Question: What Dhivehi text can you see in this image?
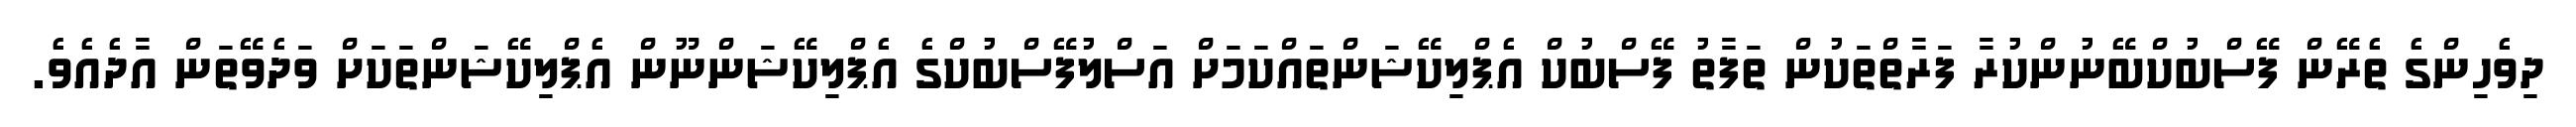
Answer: ދިވެހިންގެ ތެރޭން ފޭސްބުކްބޭނުންކުރާ ފަރާތްތަކުން ތަފާތު ފޭސްބުކް އެޕްލިކޭޝަންތައްކަމަށް އަސްލުފޭސްބުކްގެ އެޕްލިކޭޝަންނޫން އެޕްލިކޭޝަންތަކަށް ވަދެވޭތަން އާދެއެވެ.